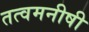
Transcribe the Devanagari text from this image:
तत्वमनीषी